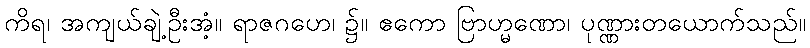
ကိရ၊ အကျယ်ချဲ့ဦးအံ့။ ရာဇဂဟေ၊ ၌။ ဧကော ဗြာဟ္မဏော၊ ပုဏ္ဏားတယောက်သည်။